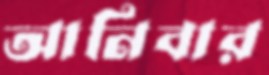
আনিবার